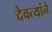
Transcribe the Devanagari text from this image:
देवत्यांने